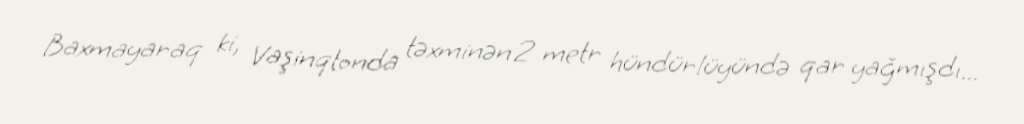
Baxmayaraq ki, Vaşinqtonda təxminən 2 metr hündürlüyündə qar yağmışdı...